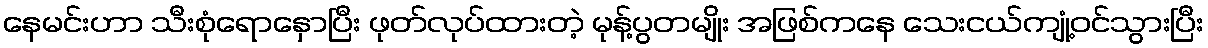
နေမင်းဟာ သီးစုံရောနှောပြီး ဖုတ်လုပ်ထားတဲ့ မုန့်ပွတမျိုး အဖြစ်ကနေ သေးငယ်ကျုံ့ဝင်သွားပြီး